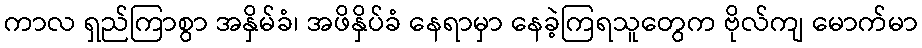
ကာလ ရှည်ကြာစွာ အနှိမ်ခံ၊ အဖိနှိပ်ခံ နေရာမှာ နေခဲ့ကြရသူတွေက ဗိုလ်ကျ မောက်မာ